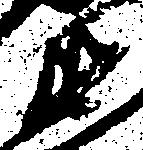
衛